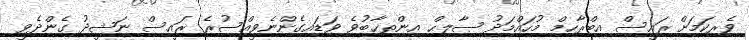
ވެރިކަމަށް ރައީސް އިބްރާހިމް މުހައްމަދު ޞާލިޙް އިންތިޚާބުވެ ވަޑައިގެންނެވީއްސުރެ ރައީސް ނަޝީދު ގެންދެވީ